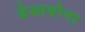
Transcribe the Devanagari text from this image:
वेस्तयोना